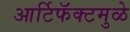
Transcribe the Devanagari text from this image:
आर्टिफॅक्टमुळे